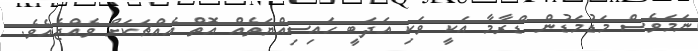
ނަމަވެސް މަޑުމަޑުން ޑްރާމާ އަކީ ވަކި އަދަބީ ހައިސިއްޔަތެއް އޮތް އެއްޗަކަށް ވެއްޖެއެވެ.